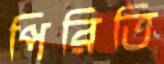
পিরিতি